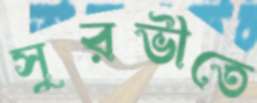
সুরভীতে